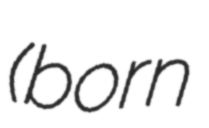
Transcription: (born